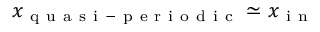
x _ { \mathrm { ~ q ~ u ~ a ~ s ~ i ~ - ~ p ~ e ~ r ~ i ~ o ~ d ~ i ~ c ~ } } \simeq x _ { \mathrm { ~ i ~ n ~ } }